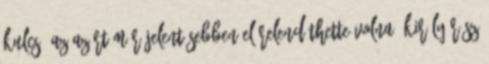
kulcs, az azért már jelentősebben előrelendíthette volna. Király rész